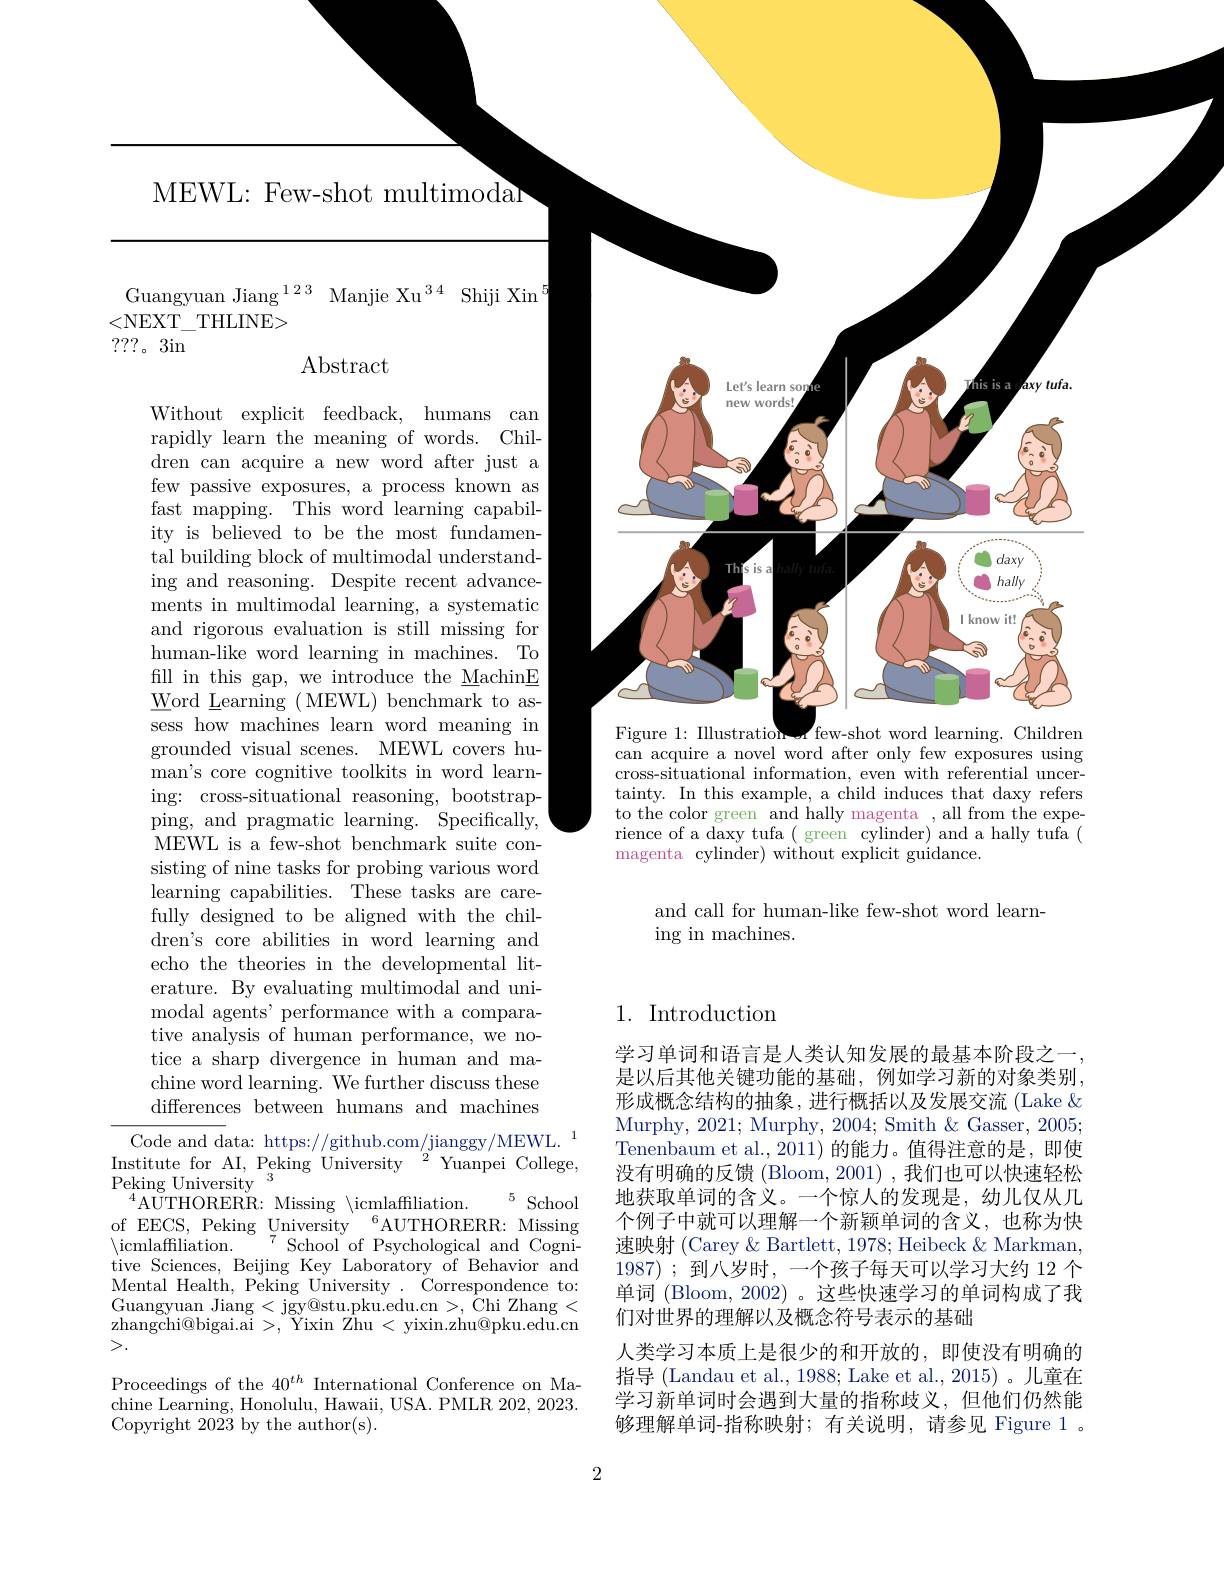
MEWL: Few-shot multimodar

Institute for AI, Peking University $^{2}$Yuanpei College,
Peking University
5 School
$^{4}\bar{\mathrm{AUTHORERR:~Missing~}}\backslash$icmlaffiliation.
of EECS, Peking University $^{6}$AUTHORERR: Missing
$\langle$icmlaffiliation.
$^{7}{\mathrm{~School~of~Psychological~and~Cogni-}}$
tive Sciences, Beijing Key Laboratory of Behavior and Mental Health, Peking University . Correspondence to: Guangyuan Jiang<jgy@stu.pku.edu.cn>,Chi Zhang< zhangchi@bigai.ai >, Yixin $\hat{\mathrm{Zhu}}<$ yixin.zhu@pku.edu.cn >.

Proceedings of the $40^{th}$ International Conference on Ma- $\bar{\mathrm{chine~Learning,~Honolulu,~Hawaii,~USA.~PMLR~202,~2023.}}$ Copyright 2023 by the author(s).

Guangyuan Jiang$^{123}$ Manjie Xu$^{34}$ Shiji Xin$^{5}$
<NEXT\_THLINE>
???。3in
$\operatorname{Abstract}$

<FigureHere>
Without explicit feedback, humans can rapidly learn the meaning of words. Children can acquire a new word after just a few passive exposures, a process known as fast mapping. This word learning capability is believed to be the most fundamental building block of multimodal understanding and reasoning. Despite recent advancements in multimodal learning, a systematic and rigorous evaluation is still missing for human-like word learning in machines. To $\begin{array}{l}\text{fill in this gap, we introduce the MachinE}\\\text{Word Learning (MEWL) benchmark to as-}\end{array}$ sess how machines learn word meaning in
can acquire a novel word after only few exposures using

grounded visual scenes. MEWL covers huma$n^{\prime }$s core cognitive toolkits in word learn- ing: cross-situational reasoning, bootstrapping, and pragmatic learning. Specifically, MEWL is a few-shot benchmark suite consisting of nine tasks for probing various word learning capabilities. These tasks are carefully designed to be aligned with the children's core abilities in word learning and echo the theories in the developmental literature. By evaluating multimodal and unimodal agents' performance with a comparative analysis of human performance, we notice a sharp divergence in human and machine word learning. We further discuss these differences between humans and machines
${\mathrm{Code~and~data:~https://github.com/jianggy/MEWL.}^{1}}$

cross-situational information, even with referential uncertainty. In this example, a child induces that daxy refers to the color green and hally magenta , all from the experience of a daxy tufa ( green cylinder) and a hally tufa ( magenta cylinder) without explicit guidance.

and call for human-like few-shot word learn-
ing in machines.

## 1. Introduction

学习单词和语言是人类认知发展的最基本阶段之一， 是以后其他关键功能的基础，例如学习新的对象类别， 形成概念结构的抽象，进行概括以及发展交流(Lake $\&$ Murphy, 2021; Murphy, 2004; Smith & Gasser, 2005; Tenenbaum et al.,2011) 的能力。值得注意的是，即使没有明确的反馈(Bloom,2001),我们也可以快速轻松地获取单词的含义。一个惊人的发现是，幼儿仅从几个例子中就可以理解一个新颖单词的含义，也称为快速映射 (Carey & Bartlett, 1978; Heibeck & Markman, 1987) ;到八岁时 ,一个孩子每天可以学习大约 12 个单词 (Bloom, 2002)。这些快速学习的单词构成了我们对世界的理解以及概念符号表示的基础
人类学习本质上是很少的和开放的，即使没有明确的指导 (Landau et al., 1988; Lake et al., 2015) 。儿童在学习新单词时会遇到大量的指称歧义，但他们仍然能够理解单词-指称映射；有关说明，请参见 Figure 1 。

2